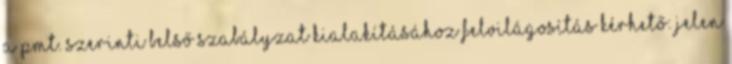
A Pmt. szerinti belső szabályzat kialakításához felvilágosítás kérhető: Jelen